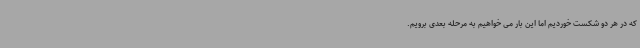
که در هر دو شکست خوردیم اما این بار می خواهیم به مرحله بعدی برویم.